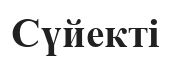
Сүйекті